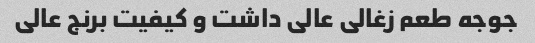
جوجه طعم زغالی عالی داشت و کیفیت برنج عالی